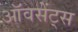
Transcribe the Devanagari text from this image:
ऑवसेंट्स